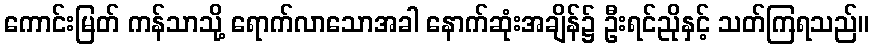
ကောင်းမြတ် ကန်သာသို့ ရောက်လာသောအခါ နောက်ဆုံးအချိန်၌ ဦးရင်ညိုနှင့် သတ်ကြရသည်။